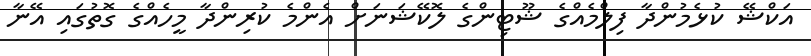
އަކްޝޭ ކުޅެމުންދާ ފިލްމެއްގެ ޝޫޓިންގެ ލޮކޭޝަނަށް އެންމެ ކުރިންދާ މީހެއްގެ ގޮތުގައި އޭނާ